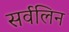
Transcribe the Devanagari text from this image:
सर्वलिन